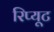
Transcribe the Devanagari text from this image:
रिप्यूट